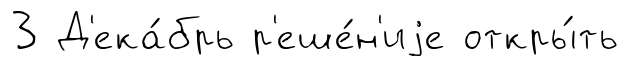
3 Д'ека́брь р'еше́н'иjе откры́ть